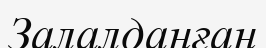
Залалданған